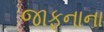
જાફનાના